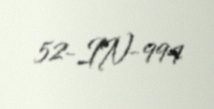
52-IN-994